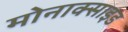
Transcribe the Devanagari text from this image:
मोनाक्साइड